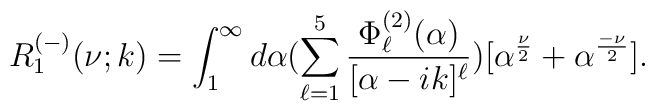
R^{(-)}_1(\nu;k)=\int_{1}^{\infty}d\alpha(\sum_{\ell=1}^{5}\frac{\Phi^{(2)}_{\ell}(\alpha)}{[\alpha-ik]^{\ell}})[\alpha^{\frac{\nu}{2}}+\alpha^{\frac{-\nu}{2}}].